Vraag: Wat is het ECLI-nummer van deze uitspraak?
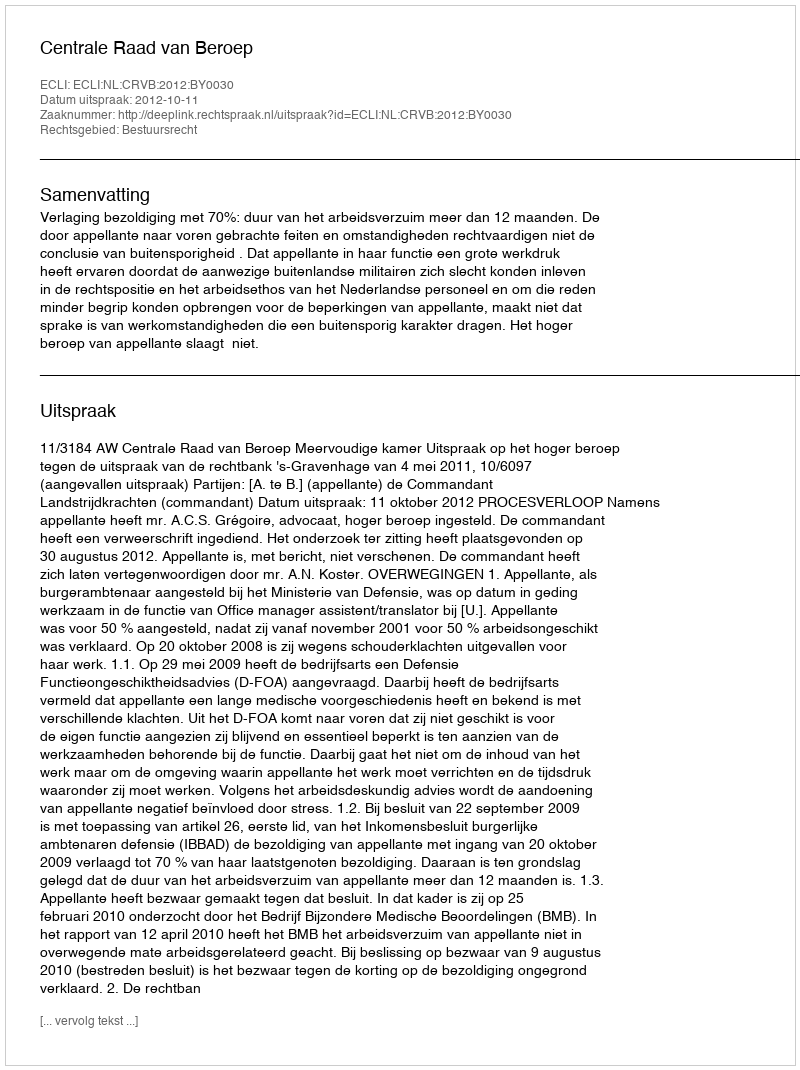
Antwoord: ECLI:NL:CRVB:2012:BY0030